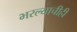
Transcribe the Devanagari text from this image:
भरल्याचीही